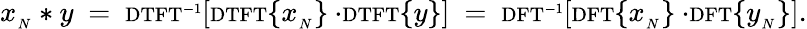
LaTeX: x_{_{N}}*y\ =\ \scriptstyle\mathrm{{DTFT}}^{-1}\displaystyle\left[\scriptstyle\mathrm{{DTFT}}\displaystyle\{ x_{_{N}}\} \cdot\scriptstyle\mathrm{{DTFT}}\displaystyle\{ y\} \right]\ =\ \scriptstyle\mathrm{{DFT}}^{-1}\displaystyle\left[\scriptstyle\mathrm{{DFT}}\displaystyle\{ x_{_{N}}\} \cdot\scriptstyle\mathrm{{DFT}}\displaystyle\{ y_{_{N}}\} \right].